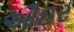
ઔઇર